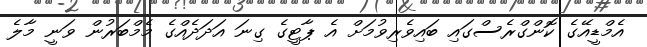
އެމްޑީއޭގެ ކޮންގްރެސްގައި ބައިވެރިވުމަށް އެ ޕާޓީގެ ގިނަ އަދަދެއްގެ މެމްބަރުން ވަނީ މާލެ